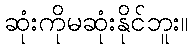
ဆုံးကိုမဆုံးနိုင်ဘူး။